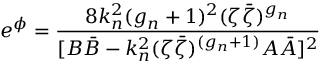
e ^ { \phi } = \frac { 8 k _ { n } ^ { 2 } ( g _ { n } + 1 ) ^ { 2 } ( \zeta \bar { \zeta } ) ^ { g _ { n } } } { [ B \bar { B } - k _ { n } ^ { 2 } ( \zeta \bar { \zeta } ) ^ { ( g _ { n } + 1 ) } A \bar { A } ] ^ { 2 } }